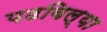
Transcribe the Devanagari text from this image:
पढविल्या